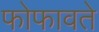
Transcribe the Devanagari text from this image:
फोफावते